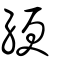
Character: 綆